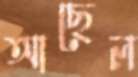
আছেল